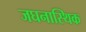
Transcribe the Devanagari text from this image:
जघनास्थिक